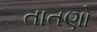
તાતણો